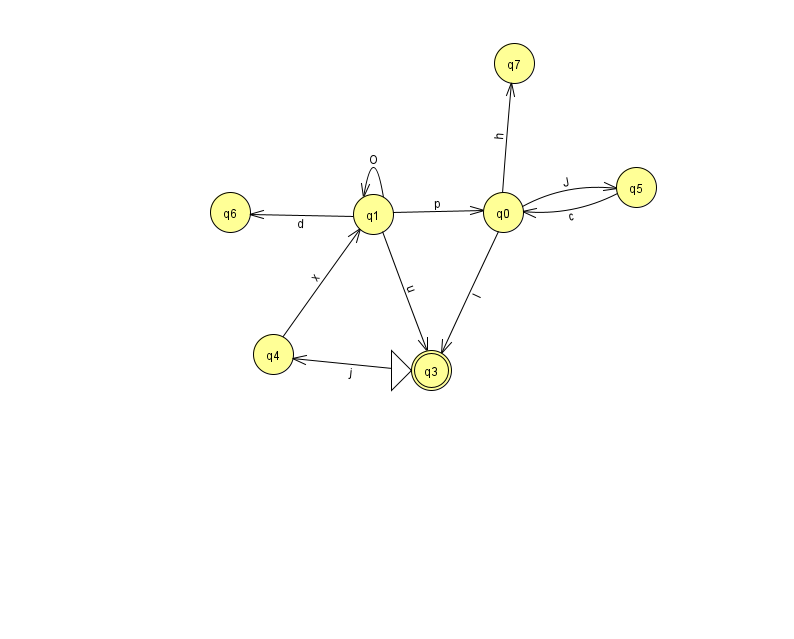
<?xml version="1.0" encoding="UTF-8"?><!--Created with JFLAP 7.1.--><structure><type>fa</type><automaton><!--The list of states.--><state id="0" name="q0"><x>503.0</x><y>199.0</y></state><state id="1" name="q1"><x>373.0</x><y>201.0</y></state><state id="2" name="q2"><x>817.0</x><y>522.0</y></state><state id="3" name="q3"><x>431.0</x><y>357.0</y><initial/><final/></state><state id="4" name="q4"><x>273.0</x><y>341.0</y></state><state id="5" name="q5"><x>636.0</x><y>174.0</y></state><state id="6" name="q6"><x>230.0</x><y>199.0</y></state><state id="7" name="q7"><x>514.0</x><y>50.0</y></state><!--The list of transitions.--><transition><from>0</from><to>5</to><read>J</read></transition><transition><from>0</from><to>7</to><read>h</read></transition><transition><from>1</from><to>3</to><read>u</read></transition><transition><from>0</from><to>3</to><read>I</read></transition><transition><from>3</from><to>4</to><read>j</read></transition><transition><from>4</from><to>1</to><read>x</read></transition><transition><from>5</from><to>0</to><read>c</read></transition><transition><from>2</from><to>2</to><read>Z</read></transition><transition><from>1</from><to>6</to><read>d</read></transition><transition><from>1</from><to>0</to><read>p</read></transition><transition><from>1</from><to>1</to><read>O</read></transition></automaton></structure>